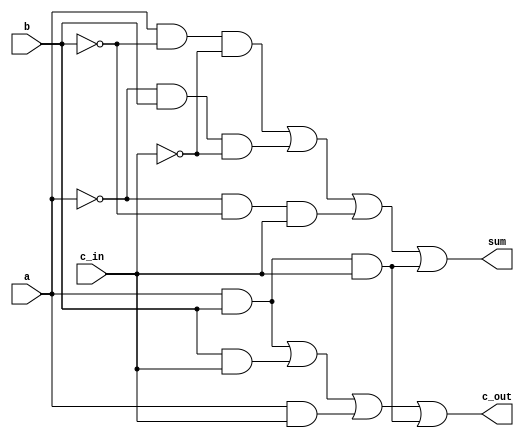
`timescale 1ns / 1ps
//////////////////////////////////////////////////////////////////////////////////
// Company: 
// Engineer: 
// 
// Design Name: 
// Module Name: fulladder
// Project Name: 
// Target Devices: 
// Tool Versions: 
// Description: 
// 
// Dependencies: 
// 
// Revision:
// Revision 0.01 - File Created
// Additional Comments:
// 
//////////////////////////////////////////////////////////////////////////////////
`define D           1

module fulladder(a, b, c_in, sum, c_out);
    input a, b, c_in;
    output sum, c_out;
    
wire		not_a, not_b, not_c;
wire		and1_out, and2_out, and3_out, and4_out;
wire		and5_out, and6_out, and7_out, and8_out;

not	   not1		(not_a, a);
not	   not2		(not_b, b);
not	   not3		(not_c, c_in);

// get sum
and	#`D		and1       (and1_out, a, not_b, not_c);
and	#`D		and2       (and2_out, not_a, b, not_c);
and	#`D		and3       (and3_out, not_a, not_b, c_in);
and	#`D		and4       (and4_out, a, b, c_in);
or	#`D		or1		   (sum, and1_out, and2_out, and3_out, and4_out);

// get c_out							
and	#`D		and5       (and5_out, a, b);
and	#`D		and6       (and6_out, b, c_in);
and	#`D		and7       (and7_out, a, c_in);
and	#`D		and8       (and8_out, a, b, c_in);
or	#`D		or2        (c_out, and5_out, and6_out, and7_out, and8_out);
endmodule